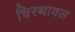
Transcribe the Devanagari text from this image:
चिरथावल